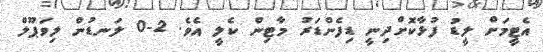
އެޓީމަށް ލީޑު ފުޅާކޮށްދިނީ ޑިފެންޑަރު މާޓިން ކެލީ އެވެ. 2-0 ލަނޑުން ލިވަޕޫލް